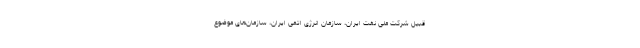
قبیل شرکت ملی نفت ایران، سازمان انرژی اتمی ایران، سازمان‌های موضوع